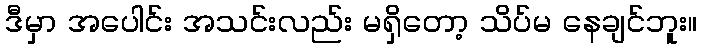
ဒီမှာ အပေါင်း အသင်းလည်း မရှိတော့ သိပ်မ နေချင်ဘူး။